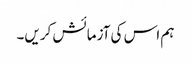
ہم اس کی آزمائش کریں۔